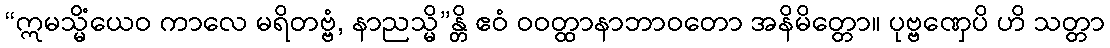
“ဣမသ္မိံယေဝ ကာလေ မရိတဗ္ဗံ, နာညသ္မိ”န္တိ ဧဝံ ဝဝတ္ထာနာဘာဝတော အနိမိတ္တော။ ပုဗ္ဗဏှေပိ ဟိ သတ္တာ